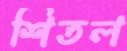
শিতল